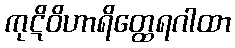
ကုဋိဝိဟာရိတ္ထေရဂါထာ